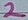
Text: 2